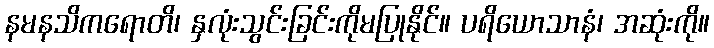
နမနသိကရောတိ၊ နှလုံးသွင်းခြင်းကိုမပြုနိုင်။ ပရိယောသာနံ၊ အဆုံးကို။